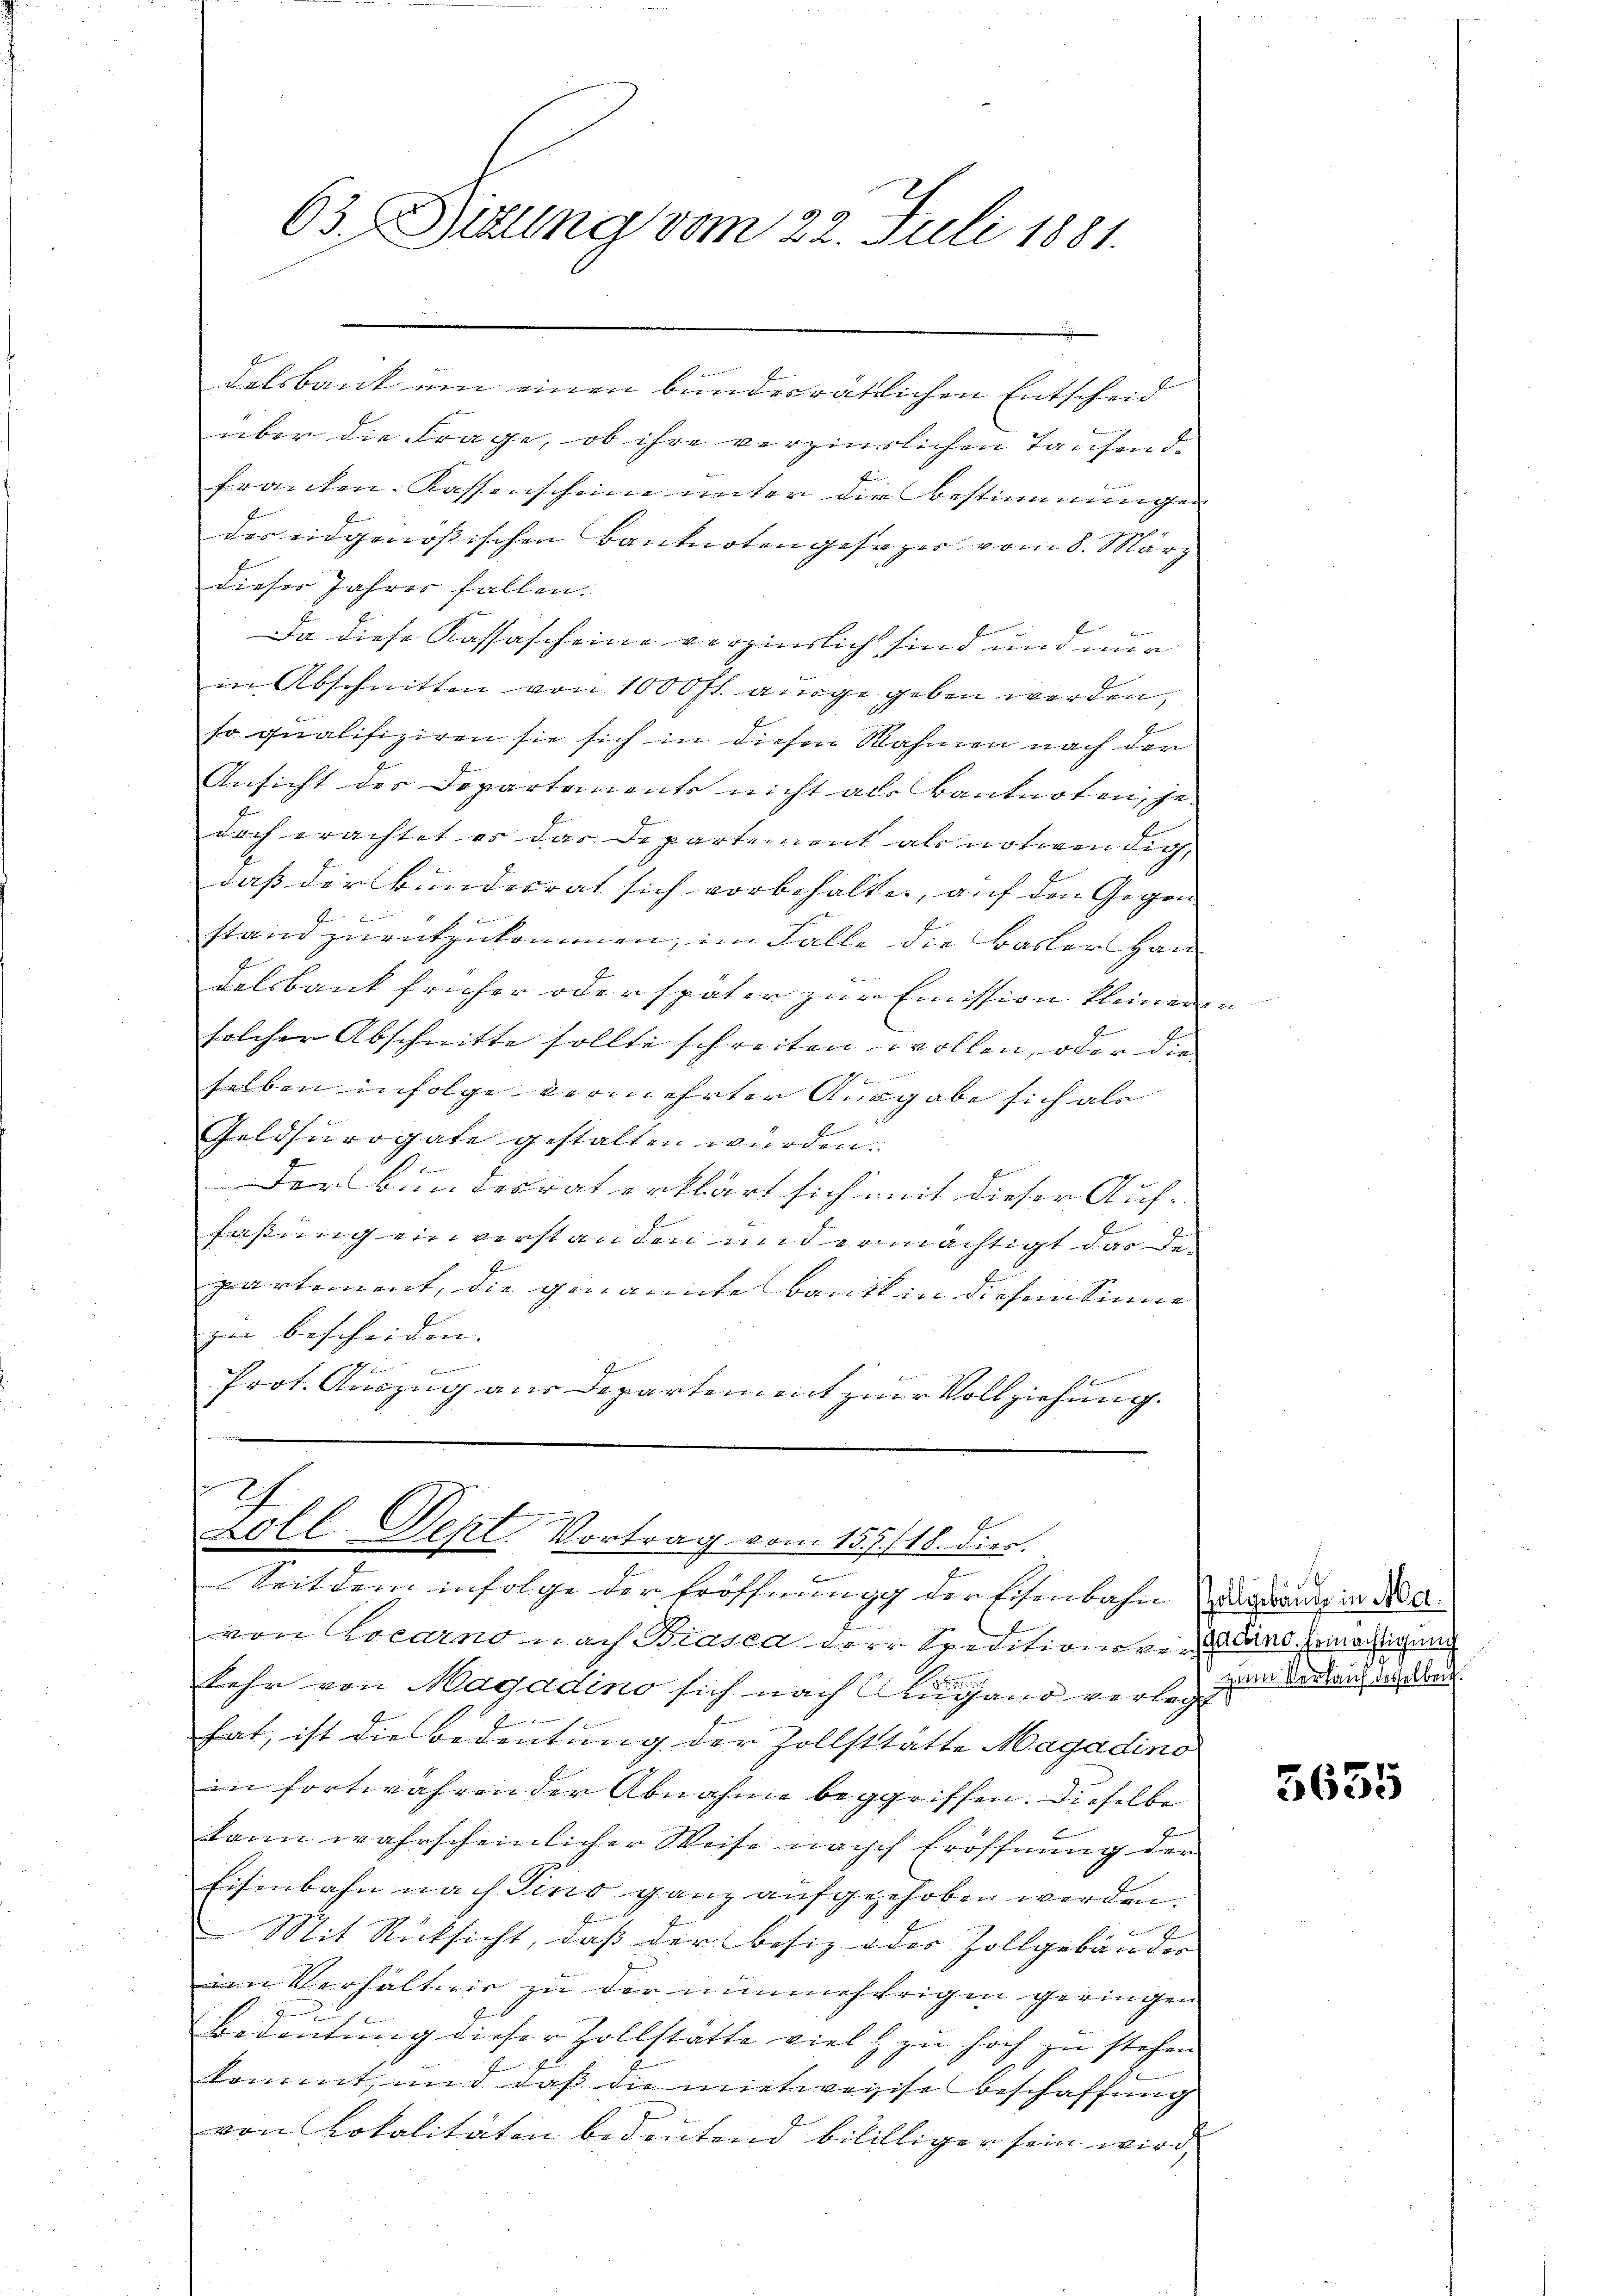
63. Sitzung vom 22. Juli 1881.

E
delsbank um einen bundesrätlichen Entscheid
über die Frage, ob ihre verzinslichen Taufendfranken-Kassenscheine unter die Bestimmungen
des eidgenössischen Banknoten gefazer vom 8. März
dieses Jahres fallen.
Da diese Kassascheine verzinslich sind und nur
in Abschnitten von 1000 fl. ange geben werden,
so qualifiziren sie sich in diesen Rahmen nach der
Ansicht der Departements nicht als Banknoten, je
doch erachtet es das Departement als notwendig,
daß der Bundesrat sich vorbehalte, auf den Gegen

stand zurückzukommen, im Falle die Basler Handelsbank früher oder später zur Emission kleinen
solcher Abschnitte sollte schreiten wollen, oder die

selben infolge vermehrter Ausgabe sich als
Geldsurogate gestalten würden.
2
Der Bandesrat erklärt sich mit dieser Auffaßung einverstanden und ermächtigt das De-
f
partement, die genannte Baute in diesem Sinne
zur bescheiden.
e
E
Prot. Auszug aus Departement zur Vollziehung.

2
Zorl. Sept. Vortrag vom 157./18. dies
3
Seitdem infolge der Eröffnung der Eisenbahn die danke in Ade

von Locarno nach Biasca der Speditionen des Ermächtigung
kehr von Magadino sich nach Augano verlegendenden anden
6
hat, ist die Bedeutung der Zollsttätte Magadino
in fortwährender Abnahme begriffen. Dieselbe
kann wahrscheinlicher Weise nach Eröffnung der
Eisenbahn nach Tino ganz aufgehoben werden.
beeren
Mit Rücksicht, daß der besiz oder Zollgebäuder
in Verhältnis zu der nunmehrigen geringen
Bedeutung dieser Zollstätte viel zu hoch zu stehen
kommt, und daß die mietweise Beschaffung
von Lokalitäten bedeutend bibilliger sein wird,

5635